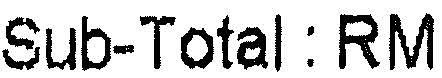
SUB-TOTAL : RM